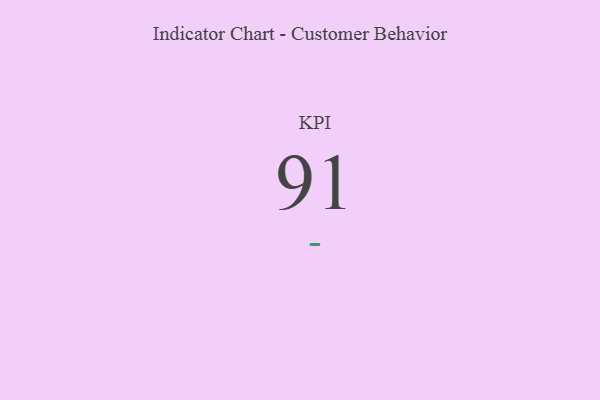
{"axis": {"x": "KPI", "y": "Value"}, "legend": [""], "data": [{"x": "KPI", "y": 91, "type": ""}]}